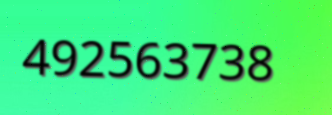
492563738